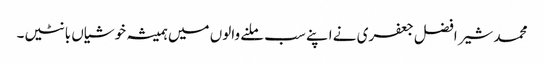
محمد شیر افضل جعفری نے اپنے سب ملنے والوں میں ہمیشہ خوشیاں بانٹیں۔